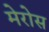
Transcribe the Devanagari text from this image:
मेरोस